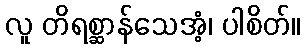
လူ တိရစ္ဆာန်သေအံ့၊ ပါစိတ်။